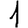
Digit: 1